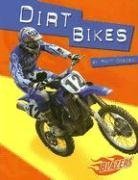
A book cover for Dirt Bikes (Horsepower); Matt Doeden; Children's Books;